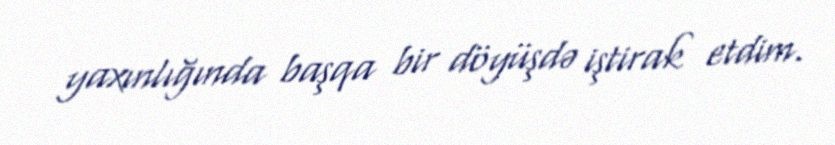
yaxınlığında başqa bir döyüşdə iştirak etdim.